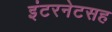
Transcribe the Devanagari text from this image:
इंटरनेटसह